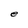
Character: e